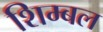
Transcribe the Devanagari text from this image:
शिम्बल